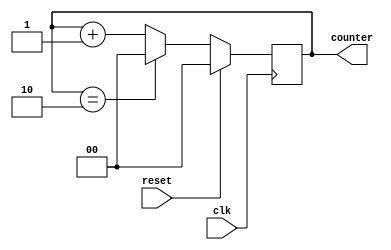
// This program was cloned from: https://github.com/Suni123456789/100DaysRTL
// License: Apache License 2.0

`timescale 1ns / 1ps

module mod_3_counter
       (input clk,reset, output reg [1:0] counter);
        
        always@(posedge clk)
        begin
            if(reset)
            counter <= 0;
            else
                if(counter == 2)
                counter <= 0;
                else
                counter <= counter + 1;
         end        
endmodule

module D_flipflop(
    input clk, reset, d,
    output reg Q
    );
    
    always@(posedge clk)
          begin
            if({reset})
                Q<= 1'b0;
            else 
                Q <= d;
            end

endmodule

module freq_div_by3(
    input clk, reset,
    output clk_by3
    );
    wire[1:0] q;
    wire temp; 
    
    mod_3_counter M3C(clk, reset, q);
    
    D_flipflop D(~clk, reset, q[1], temp);
    
    or(clk_by3, q[1], temp);
    
endmodule